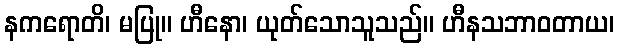
နကရောတိ၊ မပြု။ ဟီနော၊ ယုတ်သောသူသည်။ ဟီနသဘာဝတာယ၊